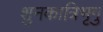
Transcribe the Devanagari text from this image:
शुनकात्रिभृगु